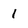
Character: 1